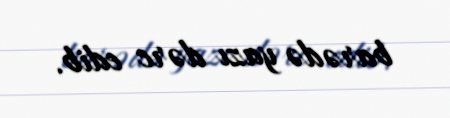
barədə yazı dərc edib.